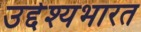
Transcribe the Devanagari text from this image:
उद्देश्यभारत